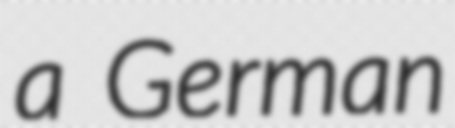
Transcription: a German